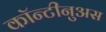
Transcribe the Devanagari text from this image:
कॉन्टीनुअस